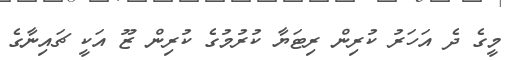
މީގެ ދެ އަހަރު ކުރިން ރިޓަޔާ ކުރުމުގެ ކުރިން ޒޫ އަކީ ޗައިނާގެ